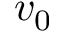
v _ { 0 }